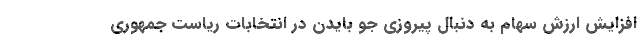
افزایش ارزش سهام به دنبال پیروزی جو بایدن در انتخابات ریاست جمهوری